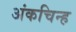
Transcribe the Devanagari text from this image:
अंकचिन्ह